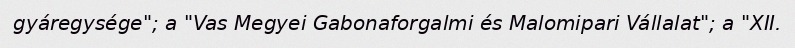
gyáregysége"; a "Vas Megyei Gabonaforgalmi és Malomipari Vállalat"; a "XII.